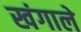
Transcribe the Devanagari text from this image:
खंगाले